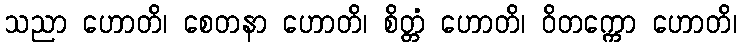
သညာ ဟောတိ၊ စေတနာ ဟောတိ၊ စိတ္တံ ဟောတိ၊ ဝိတက္ကော ဟောတိ၊